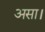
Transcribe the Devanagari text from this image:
असा।